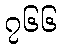
၇၆၆